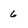
Character: 6